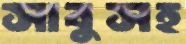
সাবুসহ